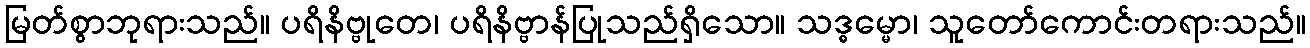
မြတ်စွာဘုရားသည်။ ပရိနိဗ္ဗုတေ၊ ပရိနိဗ္ဗာန်ပြုသည်ရှိသော။ သဒ္ဓမ္မော၊ သူတော်ကောင်းတရားသည်။